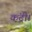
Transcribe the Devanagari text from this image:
कंट्री।